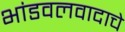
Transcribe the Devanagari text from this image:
भांडवलवादाचे